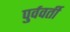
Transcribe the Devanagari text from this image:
पुर्ववर्ती